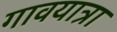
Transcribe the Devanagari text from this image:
गावयात्रा